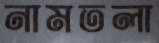
নামতলা